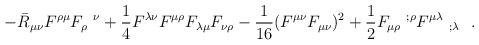
LaTeX: \begin{align*}-\bar{R}_{\mu\nu}F^{\rho\mu}F_{\rho}~^\nu+\frac 14 F^{\lambda\nu}F^{\mu\rho}F_{\lambda\mu}F_{\nu\rho}-{1 \over 16} (F^{\mu\nu}F_{\mu\nu})^2+\frac 12 F_{\mu\rho}~^{;\rho}F^{\mu\lambda}~_{;\lambda}~~.\end{align*}